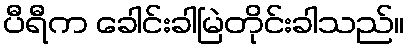
ပီရီက ခေါင်းခါမြဲတိုင်းခါသည်။